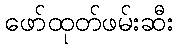
ဖော်ထုတ်ဖမ်းဆီး